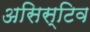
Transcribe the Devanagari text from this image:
असिस्टिव